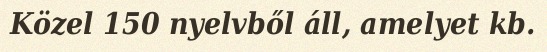
Közel 150 nyelvből áll, amelyet kb.